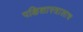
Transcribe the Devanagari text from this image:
पक्षिशास्त्रालाच